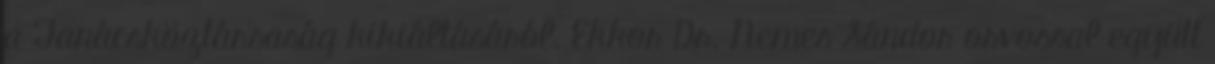
a Tanácsköztársaság kikiáltásáról. Ekkor Dr. Nemes Sándor orvossal együtt